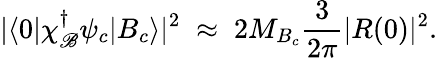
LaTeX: |\langle0|\chi_{\mathscr{B}}^{\dagger}\psi_{c}|B_{c}\rangle|^{2}\; \approx\; 2M_{B_{c}}{\frac{{3}}{{2\pi}}}|R(0)|^{2}.